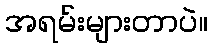
အရမ်းများတာပဲ။